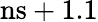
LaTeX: \mathrm{ns}+1.1